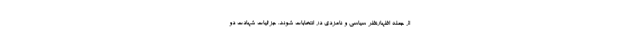
از جمله اظهارنظر سیاسی و نامزدی در انتخابات شوند. جزئیات شهادت دو